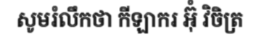
សូមរំលឹកថា កីឡាករ អ៊ុំ វិចិត្រ